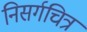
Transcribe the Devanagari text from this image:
निसर्गचित्र